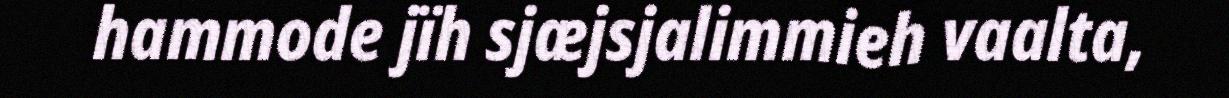
hammode jïh sjæjsjalimmieh vaalta,